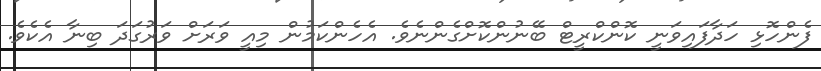
ފެންހޮޅި ހަދާފައިވަނީ ކޮންކްރީޓް ބޭނުންކޮށްގެންނެވެ. އެހެންކަމުން މިއީ ވަރަށް ވަރުގަދަ ބިނާ އެކެވެ.